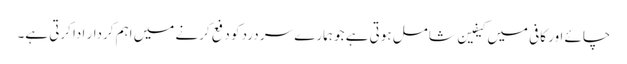
چائے اور کافی میں کیفین شامل ہوتی ہے جو ہمارے سر درد کو دفع کرنے میں اہم کردار ادا کرتی ہے۔